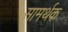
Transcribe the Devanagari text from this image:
सामर्थक